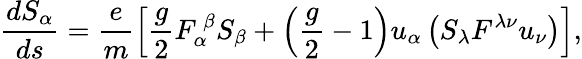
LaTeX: \frac{dS_{\alpha}}{ds}=\frac em\left[\frac g2F_{\alpha}^{\ \beta}S_{\beta}+\left(\frac g2-1\right)u_{\alpha}\left(S_{\lambda}F^{\lambda\nu}u_{\nu}\right)\right],